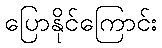
ပြောနိုင်ကြောင်း